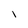
Character: I